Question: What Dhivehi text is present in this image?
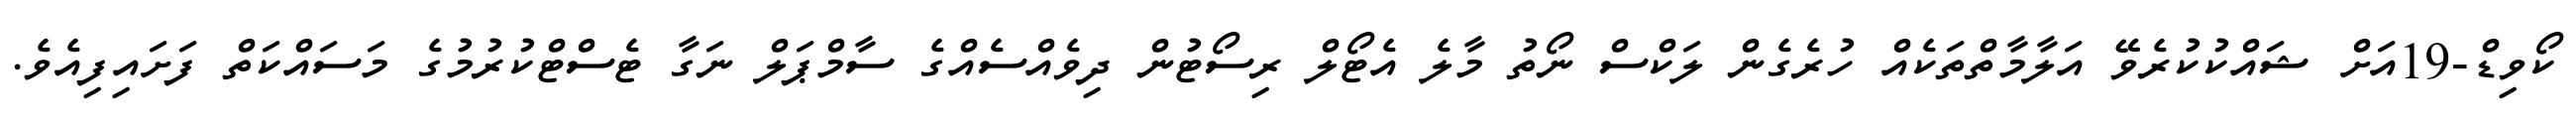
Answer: ކޯވިޑް-19އަށް ޝައްކުކުރެވޭ އަލާމާތްތަކެއް ހުރެގެން ލަކްސް ނޯތު މާލެ އެޓޯލް ރިސޯޓުން ދިވެއްސެއްގެ ސާމްޕަލް ނަގާ ޓެސްޓްކުރުމުގެ މަސައްކަތް ފަށައިފިއެވެ.